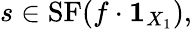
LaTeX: s\in\mathrm{{SF}}(f\cdot{\mathbf{1}}_{X_{1}}),